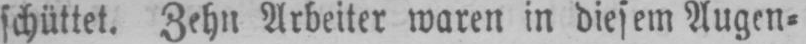
schüttet. Zehn Arbeiter waren in diesem Augen⸗